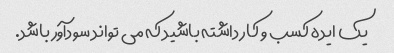
یک ایده کسب و کار داشته باشید که می تواند سودآور باشد.